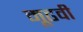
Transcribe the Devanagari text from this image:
मूढवी